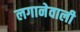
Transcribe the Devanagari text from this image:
लगानेवाली